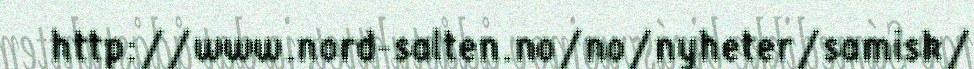
http://www.nord-salten.no/no/nyheter/samisk/